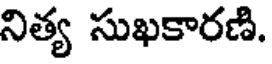
నిత్య సుఖకారణి.